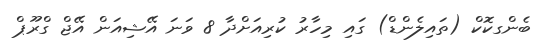
ބެންގކޮކް (ތައިލެންޑް) ގައި މިހާރު ކުރިއަށްދާ 8 ވަނަ އޭޝިއަން އޭޖް ގްރޫޕް